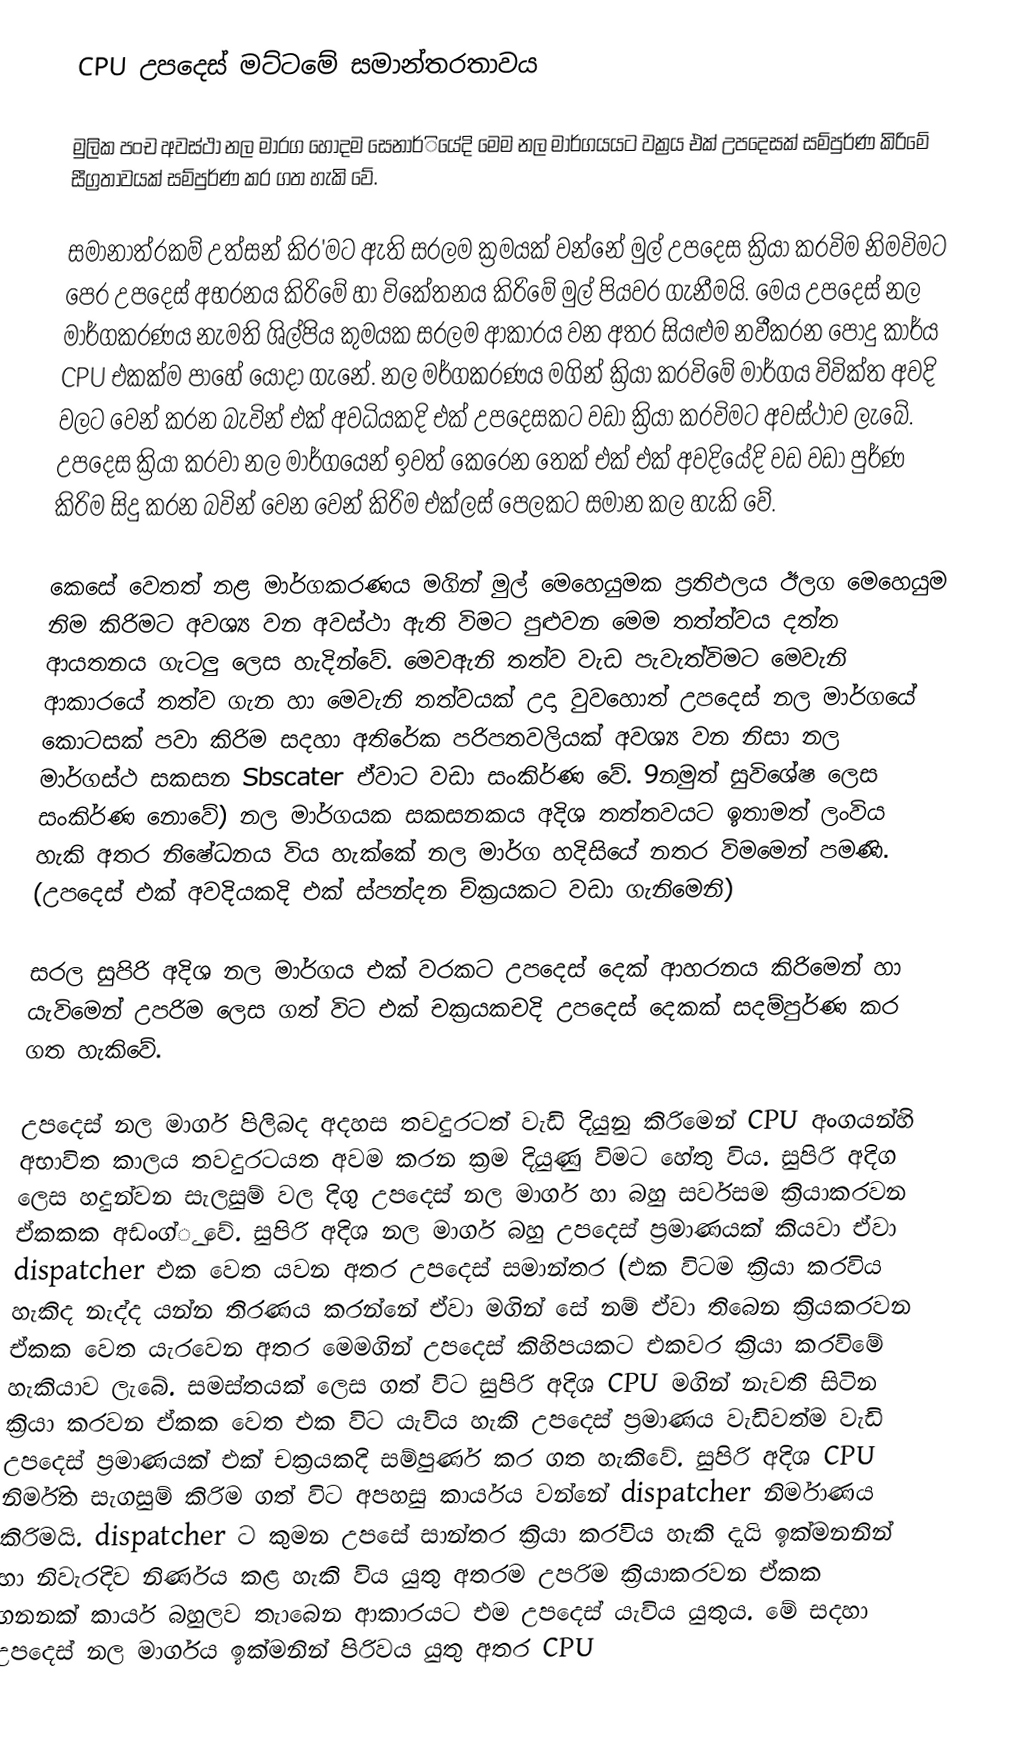
CPU උපදෙස් මට්ටමේ සමාන්තරතාවය

	මුලික පංච අවස්ථා නල මාරග හොදම සෙනාර්ියේදි මෙම නල මාර්ගයයට වක්‍රය එක් උපදෙසක් සම්පුර්ණ කිරිමේ සීග්‍රතාවයක් සම්පුර්ණ කර ගත හැකි වේ.

	සමානාත්රකම් උත්සන් කිර'මට ඇති සරලම ක්‍රමයක් වන්නේ මුල් උපදෙස ක්‍රියා කරවිම නිමවිමට පෙර උපදෙස් අභරනය කිරිමේ හා විකේතනය කිරිමේ මුල් පියවර ගැනීමයි. මෙය උපදෙස් නල මාර්ගකරණය නැමති ශිල්පිය කුමයක සරලම ආකාරය වන අතර සියළුම නවීකරන පොදු කාර්ය CPU එකක්ම පාහේ යොදා ගැනේ. නල මර්ගකරණය මගින් ක්‍රියා කරවිමේ මාර්ගය වි‍වික්ත අවදි වලට වෙන් කරන බැවින් එක් අවධියකදි එක් උපදෙසකට වඩා ක්‍රියා කරවිමට අවස්ථාව ලැබේ. උපදෙස ක්‍රියා කරවා නල මාර්ගයෙන් ඉවත් කෙරෙන තෙක් එක් එක් අවදියේදි වඩ වඩා පුර්ණ කිරිම සිදු කරන බවින් වෙන වෙන් කිරිම එක්ලස් පෙලකට සමාන කල හැකි වේ.

	කෙසේ වෙතත් නළ මාර්ගකරණය මගින් මුල් මෙහෙයුමක ප්‍රතිඵලය ඊලග මෙහෙයුම නිම කිරිමට අවශ්‍ය වන අවස්ථා ඇති විමට පුළුවන මෙම තත්ත්වය දත්ත ආයතනය ගැටලු ලෙස හැදින්වේ. මෙවඇනි තත්ව වැඩ පැවැත්විමට මෙවැනි ආකාරයේ තත්ව ගැන හා මෙවැනි තත්වයක් උදා වුවහොත් උපදෙස් නල මාර්ගයේ කොටසක් පවා කිරිම සදහා අතිරේක පරිපතවලියක් අවශ්‍ය වන නිසා නල මාර්ගස්ථ සකසන Sbscater ඒවාට වඩා සංකිර්ණ වේ. 9නමුත් සුවිශේෂ ලෙස සංකිර්ණ නොවේ) නල මාර්ගයක සකසනකය අදිශ තත්තවයට ඉතාමත් ලංවිය හැකි අතර නිෂේධනය විය හැක්කේ නල මාර්ග හදිසියේ නතර විමමෙන් පමණි. (උපදෙස් එක් අවදියකදි එක් ස්පන්දන ච්‍ක්‍රයකට වඩා ගැනිමෙනි)

සරල සුපිරි අදිශ නල මාර්ගය එක් වරකට උපදෙස් දෙක් ආහරනය කිරිමෙන් හා යැවිමෙන් උපරිම ලෙස ගත් විට එක් චක්‍රයකචදි උපදෙස් දෙකක් සදම්පුර්ණ කර ගත හැකිවේ.

උපදෙස් නල මාර්ග පිලිබද අදහස තවදුරටත් වැඩි දියුනු කිරිමෙන් CPU අංගයන්හි අභාවිත කාලය තවදුරටයත අවම කරන ක්‍රම දියුණු විමට හේතු විය. සුපිරි අදිග ලෙස හදුන්වන සැලසුම් වල දිගු උපදෙස් නල මාර්ග හා බහු සර්වසම ක්‍රියාකරවන ඒකකක අඩංග්‍ු වේ. සුපිරි අදිශ නල මාර්ග බහු උපදෙස් ප්‍රමාණයක් කියවා ඒවා  dispatcher එක වෙත යවන අතර උපදෙස් සමාන්තර (එක විටම ක්‍රියා කරවිය හැකිද නැද්ද  යන්න තිරණය කරන්නේ ඒවා ‍මගින් සේ නම් ඒවා තිබෙන ක්‍රියකරවන ඒකක වෙත යැරවෙන අතර මෙමගින් උපදෙස් කිහිපයකට එකවර ක්‍රියා කරවිමේ හැකියාව ලැබේ. සමස්තයක් ලෙස ගත් විට සුපිරි අදිශ CPU මගින් නැවති සිටින ක්‍රියා කරවන ඒකක වෙත එක විට යැවිය හැකි උපදෙස් ප්‍රමාණය වැඩිවත්ම වැඩි උපදෙස් ප්‍රමාණයක් එක් චක්‍රයකදි සම්පුර්ණ කර ගත හැකිවේ. සුපිරි අදිශ CPU නිර්මිත සැගසුම් කිරිම ගත් විට අපහසු කාර්යය වන්නේ  dispatcher  නිර්මාණය කිරිමයි. dispatcher ට කුමන උපසේ සාන්තර ක්‍රියා කරවිය හැකි දැයි ඉක්මනනින් හා නිවැරදිව නිර්ණය කළ හැකි විය යුතු අතරම උපරිම ක්‍රියාකරවන ඒකක ගනනක් කාර්ය බහුලව තැාබෙන ආකාරයට එම උපදෙස් යැවිය යුතුය. මේ සදහා උපදෙස් නල මාර්ගය ඉක්මනින් පිරිවය යුතු අතර CPU